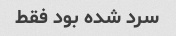
سرد شده بود فقط